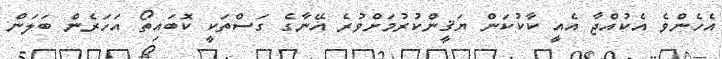
އެހެންވެ އެކުއްޖާ އެއީ ކާކުކަން ޔަޤީންކުރުމަށްވުރެ އޭނާގެ ގަސްތަކީ ކޮބައިތޯ އަހަރެން ބަލަން